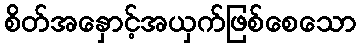
စိတ်အနှောင့်အယှက်ဖြစ်စေသော